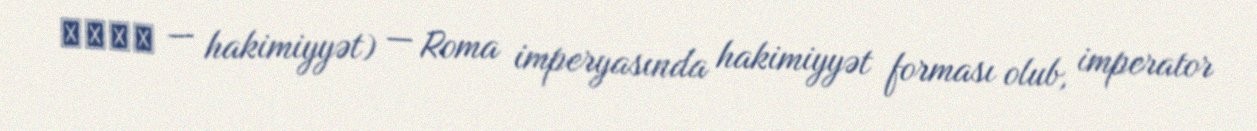
αρχη — hakimiyyət) — Roma imperyasında hakimiyyət forması olub, imperator